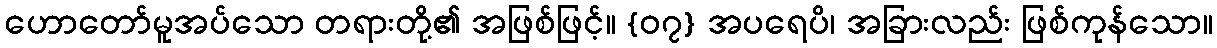
ဟောတော်မူအပ်သော တရားတို့၏ အဖြစ်ဖြင့်။ {၀၇} အပရေပိ၊ အခြားလည်း ဖြစ်ကုန်သော။